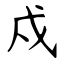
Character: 戍